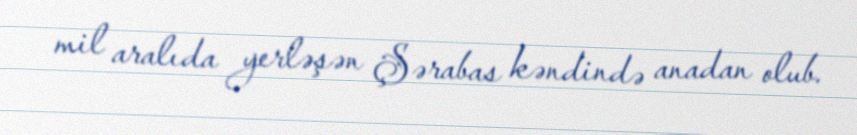
mil aralıda yerləşən Şərabas kəndində anadan olub.